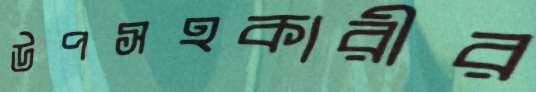
উপসহকারীর